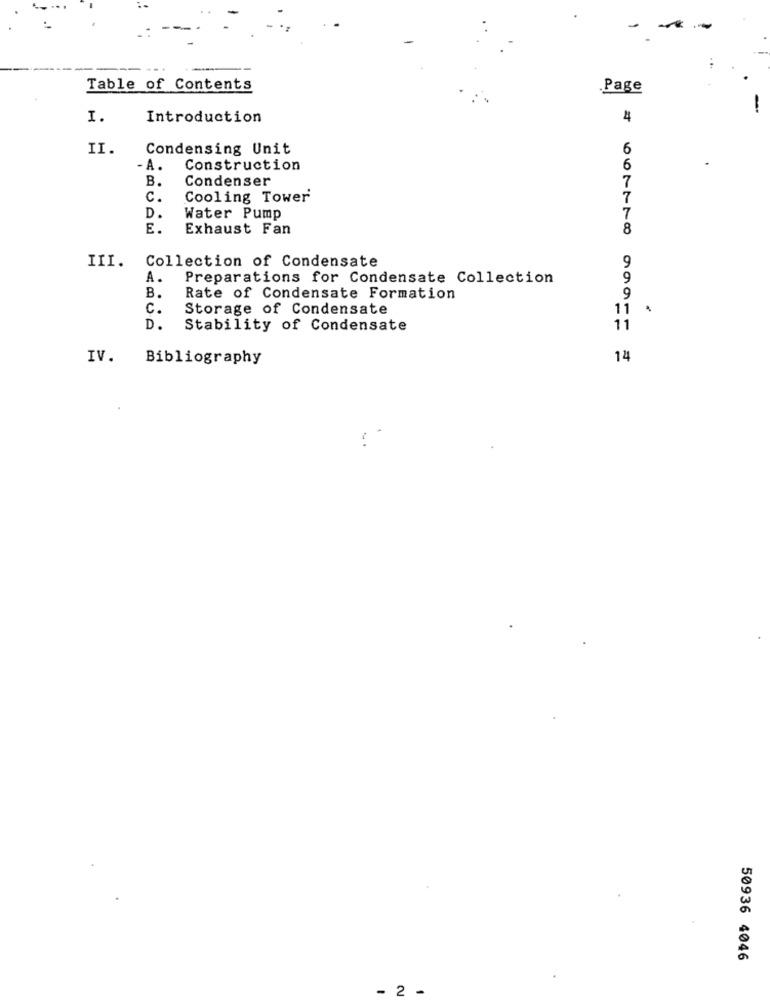
Table of Contents
.Page
I.
Introduction
4
II.
Condensing Unit
6
- A .
Construction
6
B.
Condenser
7
C.
Cooling Tower
7
D.
Water Pump
7
E.
Exhaust Fan
8
9
III. Collection of Condensate
A.
Preparations for Condensate Collection
9
B.
Rate of Condensate Formation
9
c.
Storage of Condensate
11
D.
Stability of Condensate
11
IV.
Bibliography
14
50936 4046
-
2